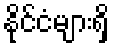
နိုင်ငံများရှိ